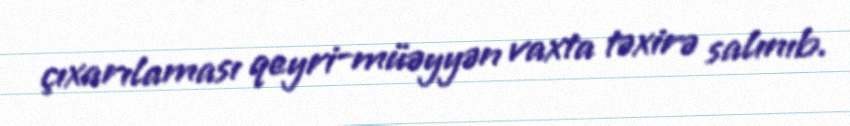
çıxarılaması qeyri-müəyyən vaxta təxirə salınıb.